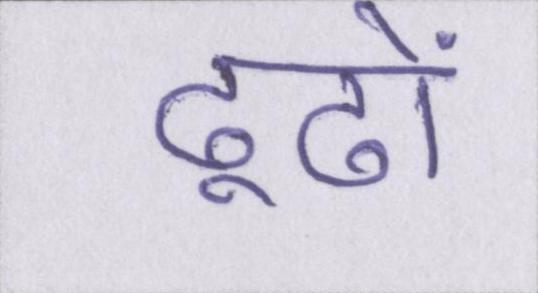
ढूढों